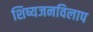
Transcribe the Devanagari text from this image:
शिष्यजनविलाप